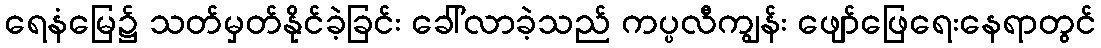
ရေနံမြေ၌ သတ်မှတ်နိုင်ခဲ့ခြင်း ခေါ်လာခဲ့သည် ကပ္ပလီကျွန်း ဖျော်ဖြေရေးနေရာတွင်